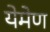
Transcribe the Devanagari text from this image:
येमेण